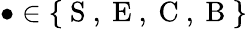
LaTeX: \bullet\in\{ \mathrm{~S~,~E~,~C~,~B~}\}